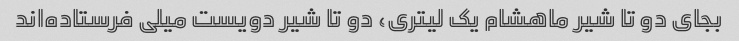
بجای دو تا شیر ماهشام یک لیتری، دو تا شیر دویست میلی فرستاده‌اند